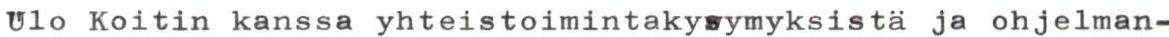
Ulo Koitin kanssa yhteistoimintakysymyksistä ja ohjelman-